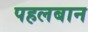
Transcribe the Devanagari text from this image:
पहलबान